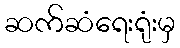
ဆက်ဆံရေးရုံးမှ